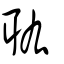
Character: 耾